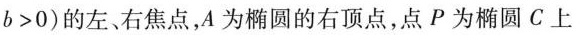
b > 0$$)的左、右焦点，A为椭圆的右顶点，点P为椭圆C上